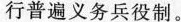
行普遍义务兵役制。